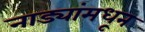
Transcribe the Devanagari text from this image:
नाड्यांमधून